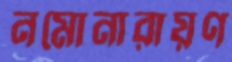
নমোনারায়ণ